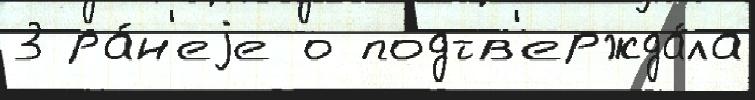
3 ра́н'еjе о подтв'ержда́ла